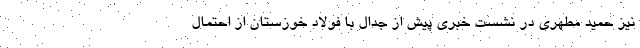
نیز حمید مطهری در نشست خبری پیش از جدال با فولاد خوزستان از احتمال